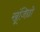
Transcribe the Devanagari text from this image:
खूंजिछो